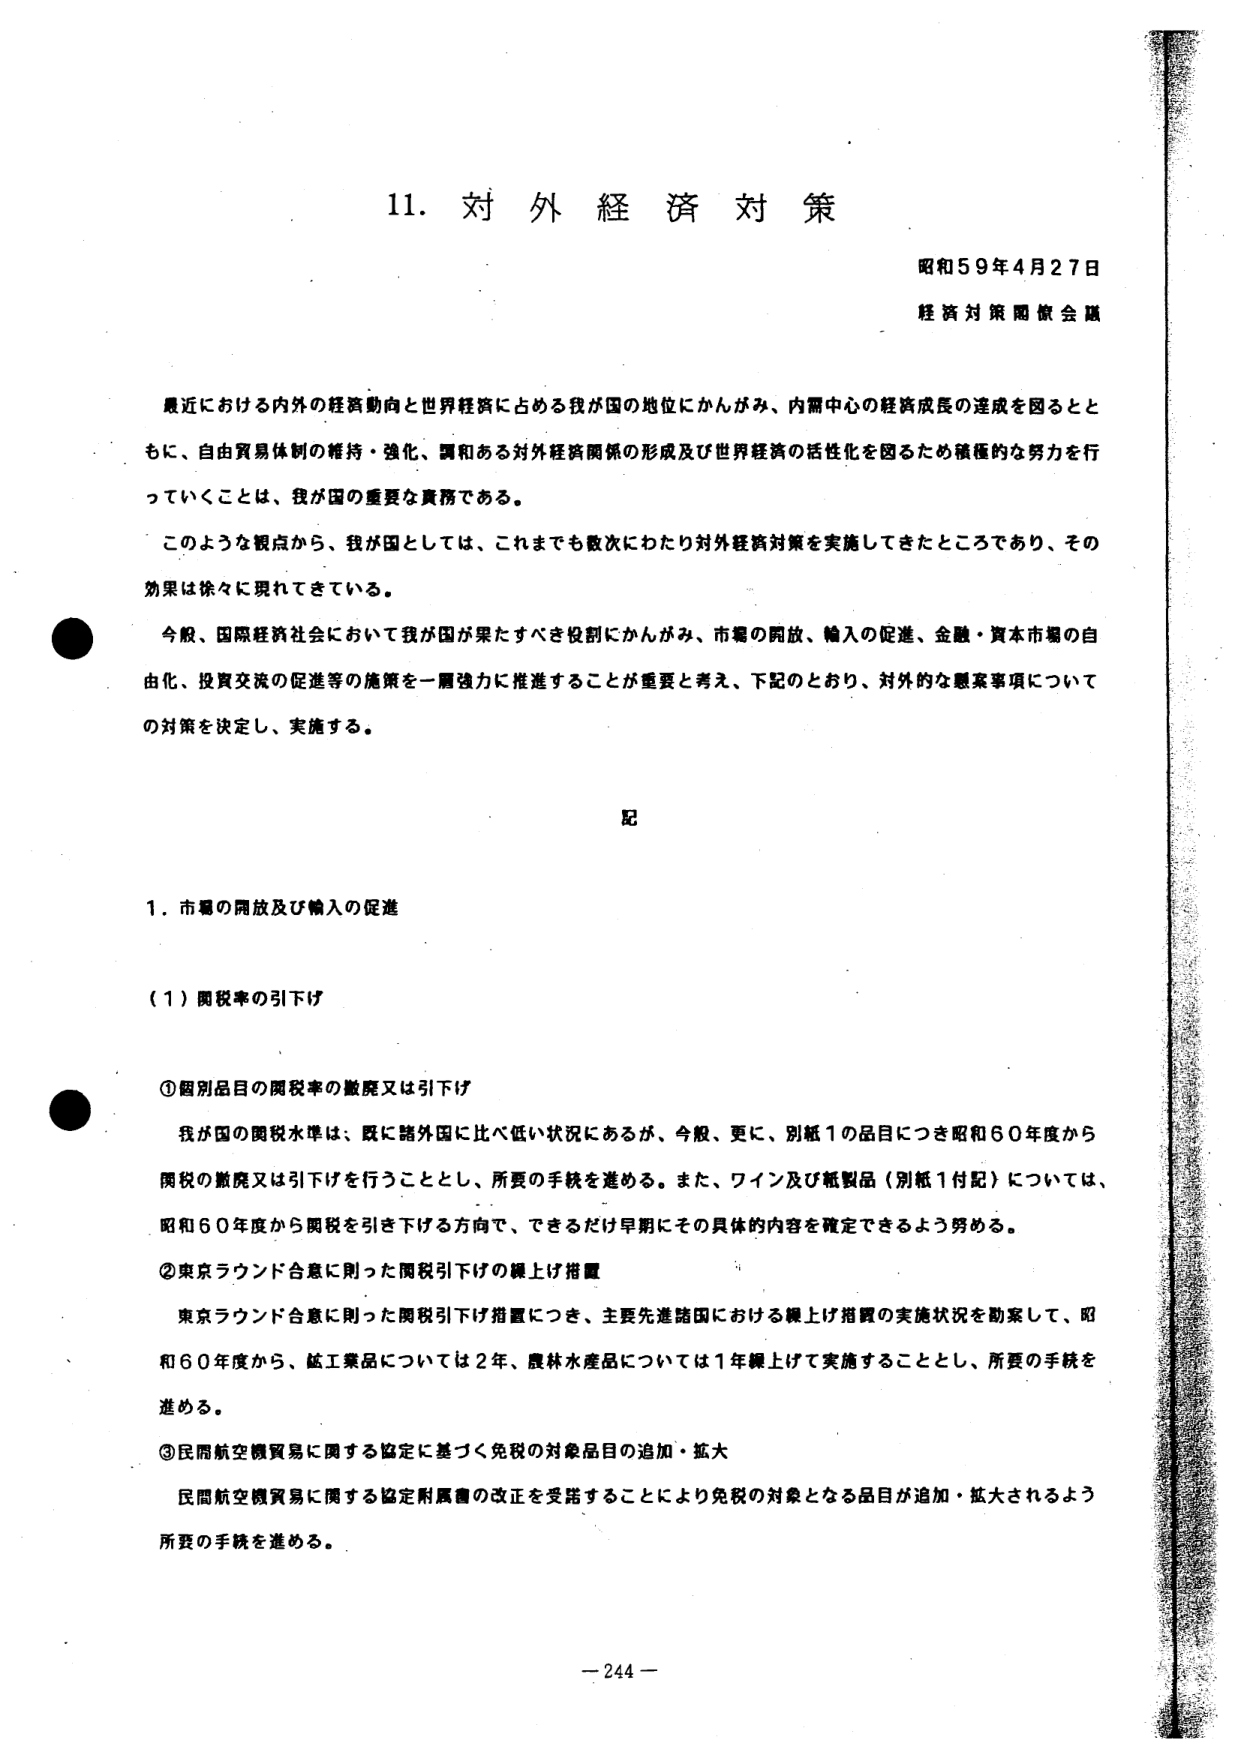
11. 対外経済対策

昭和59年4月27日
経済対策閣僚会議

最近における内外の経済動向と世界経済に占める我が国の地位にかんがみ、内需中心の経済成長の達成を図るとともに、自由貿易体制の維持・強化、調和ある対外経済関係の形成及び世界経済の活性化を図るため積極的な努力を行っていくことは、我が国の重要な責務である。

このような観点から、我が国としては、これまでも数次にわたり対外経済対策を実施してきたところであり、その効果は徐々に現れてきている。

今般、国際経済社会において我が国が果たすべき役割にかんがみ、市場の開放、輸入の促進、金融・資本市場の自由化、投資交流の促進等の施策を一層強力に推進することが重要と考え、下記のとおり、対外的な懸案事項についての対策を決定し、実施する。

記

1. 市場の開放及び輸入の促進

（1）関税率の引下げ

①個別品目の関税率の撤廃又は引下げ
我が国の関税水準は、既に諸外国に比べ低い状況にあるが、今般、更に、別紙1の品目につき昭和60年度から関税の撤廃又は引下げを行うこととし、所要の手続を進める。また、ワイン及び紙製品（別紙1付記）については、昭和60年度から関税を引き下げる方向で、できるだけ早期にその具体的内容を確定できるよう努める。

②東京ラウンド合意に則った関税引下げの繰上げ措置
東京ラウンド合意に則った関税引下げ措置につき、主要先進諸国における繰上げ措置の実施状況を勘案して、昭和60年度から、鉱工業品については2年、農林水産品については1年繰上げて実施することとし、所要の手続を進める。

③民間航空機貿易に関する協定に基づく免税の対象品目の追加・拡大
民間航空機貿易に関する協定附属書の改正を受諾することにより免税の対象となる品目が追加・拡大されるよう所要の手続を進める。

－244－